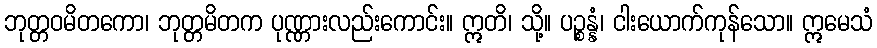
ဘုတ္တဝမိတကော၊ ဘုတ္တမိတက ပုဏ္ဏားလည်းကောင်း။ ဣတိ၊ သို့။ ပဉ္စန္နံ၊ ငါးယောက်ကုန်သော။ ဣမေသံ